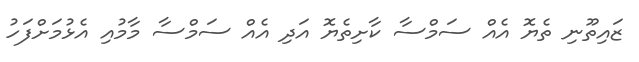
ޒައިތޫނި ތެޔޮ އެއް ސަމްސާ ކާށިތެޔޮ އަދި އެއް ސަމްސާ މާމުއި އެޅުމަށްފަހު